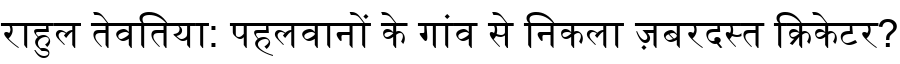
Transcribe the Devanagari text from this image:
राहुल तेवतिया: पहलवानों के गांव से निकला ज़बरदस्त क्रिकेटर?